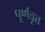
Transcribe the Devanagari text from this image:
पूर्णवृत्त